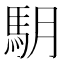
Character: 𩢋